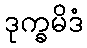
ဒုက္ခမိဒံ